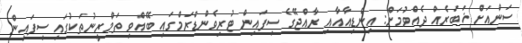
ސަންއަށް ޚަބަރެއް ދެއްވުމަށް: އިންޑިއާއާއި ރާއްޖޭގެ ސިފައިން ޓުރިވެންޑްރަމްގައި ބޭއްވި ތަމްރީނުތަކުގައި ސިފައިން